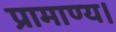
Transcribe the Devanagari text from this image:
प्रामाण्य।